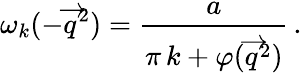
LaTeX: \omega_{k}(-\overrightarrow{q}^{2})=\frac a{\pi\, k+\varphi(\overrightarrow{q}^{2})}\, .